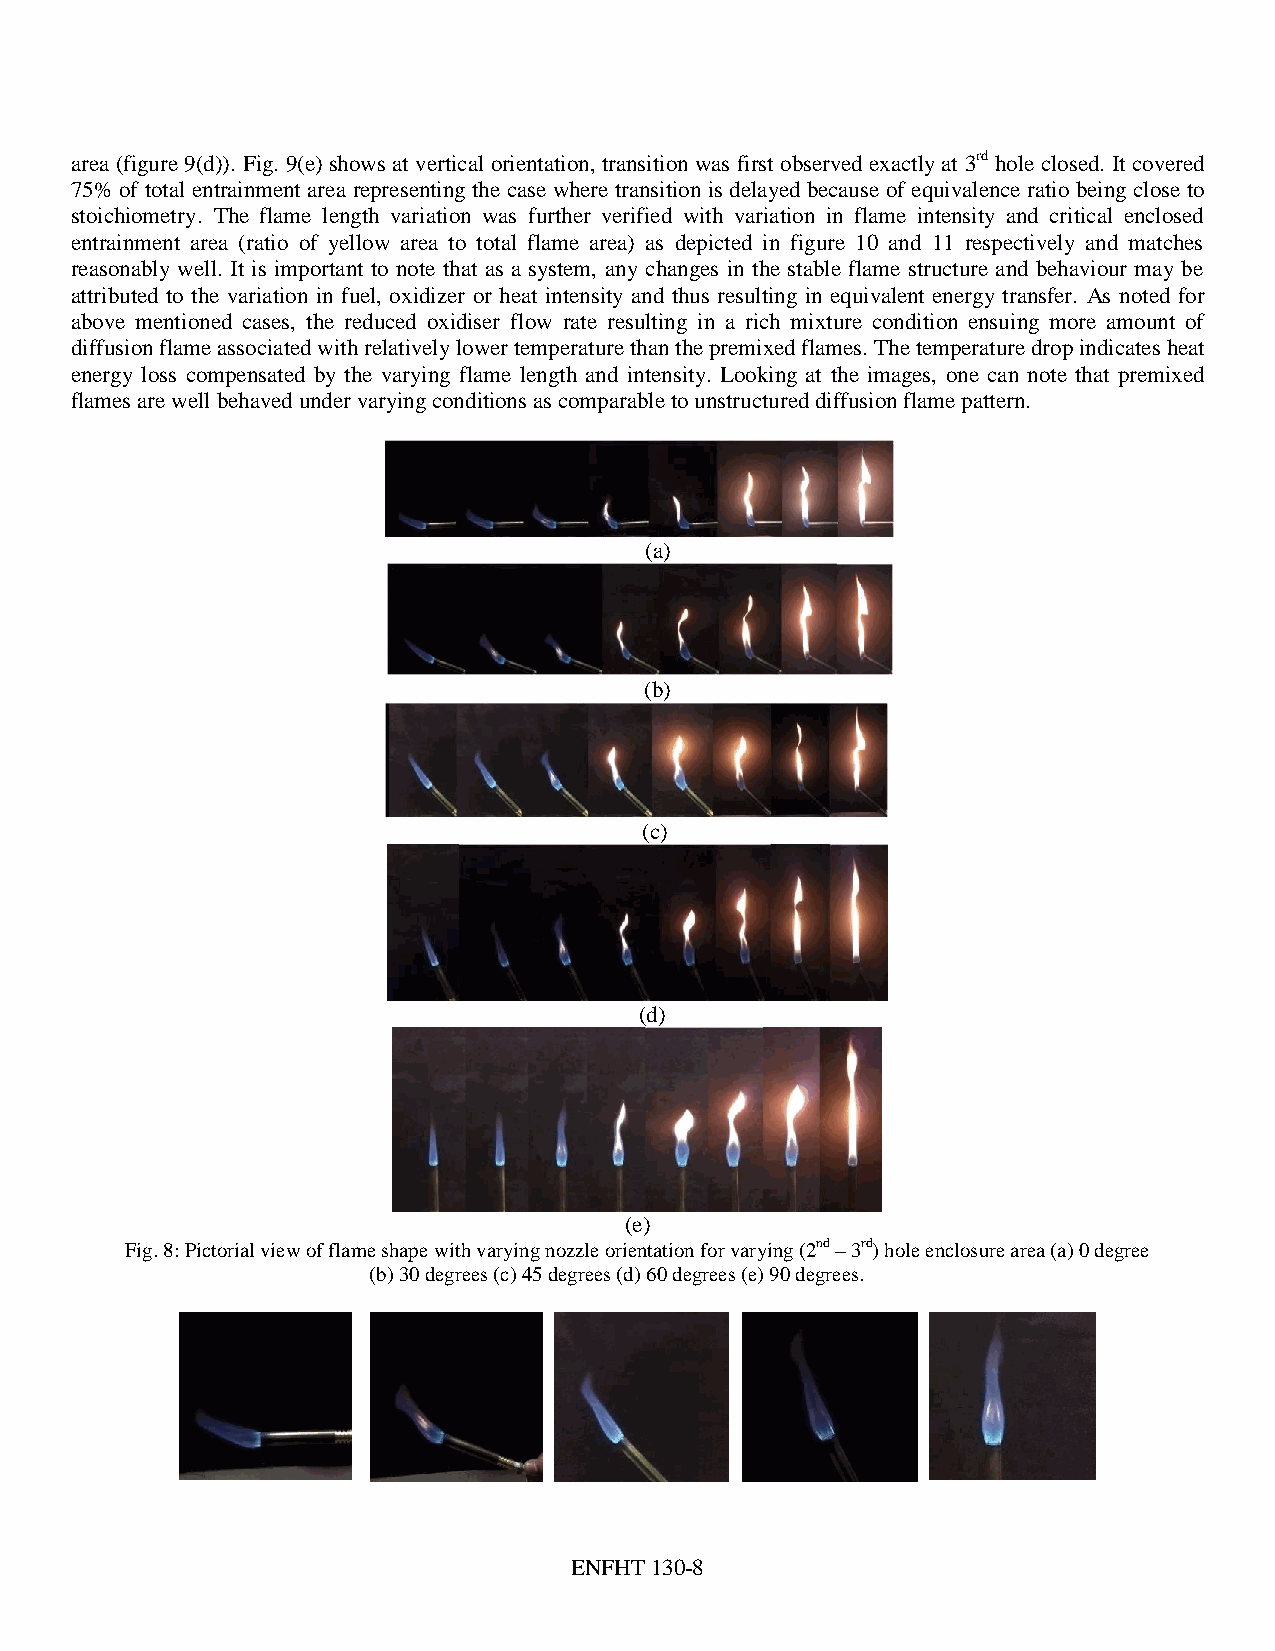
area (figure 9(d)). Fig. 9(e) shows at vertical orientation, transition was first observed exactly at 3rd hole closed. It covered
 75% of total entrainment area representing the case where transition is delayed because of equivalence ratio being close to
 stoichiometry. The flame length variation was further verified with variation in flame intensity and critical enclosed
 entrainment area (ratio of yellow area to total flame area) as depicted in figure 10 and 11 respectively and matches
 reasonably well. It is important to note that as a system, any changes in the stable flame structure and behaviour may be
 attributed to the variation in fuel, oxidizer or heat intensity and thus resulting in equivalent energy transfer. As noted for
 above mentioned cases, the reduced oxidiser flow rate resulting in a rich mixture condition ensuing more amount of
 diffusion flame associated with relatively lower temperature than the premixed flames. The temperature drop indicates heat
 energy loss compensated by the varying flame length and intensity. Looking at the images, one can note that premixed
 flames are well behaved under varying conditions as comparable to unstructured diffusion flame pattern.
 (a)
 (b)
 (c)
 (d)
 (e)
 Fig. 8: Pictorial view of flame shape with varying nozzle orientation for varying (2nd – 3rd) hole enclosure area (a) 0 degree
 (b) 30 degrees (c) 45 degrees (d) 60 degrees (e) 90 degrees.
 ENFHT 130-8